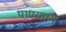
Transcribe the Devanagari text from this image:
पाण्याच्य